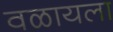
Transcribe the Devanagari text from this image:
वळायला